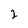
Character: 2